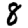
Digit: 8